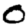
Digit: 0